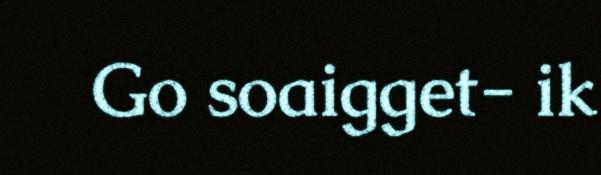
Go soaigget- ik